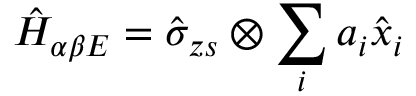
\hat { H } _ { \alpha \beta E } = \hat { \sigma } _ { z s } \otimes \sum _ { i } a _ { i } \hat { x } _ { i }